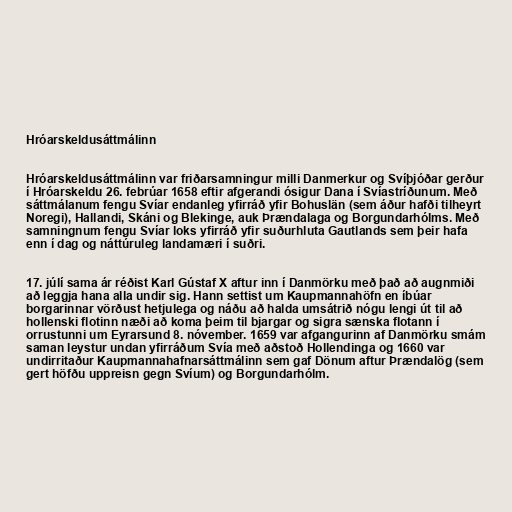
Hróarskeldusáttmálinn

Hróarskeldusáttmálinn var friðarsamningur milli Danmerkur og Svíþjóðar gerður
í Hróarskeldu 26. febrúar 1658 eftir afgerandi ósigur Dana í Svíastríðunum. Með
sáttmálanum fengu Svíar endanleg yfirráð yfir Bohuslän (sem áður hafði tilheyrt
Noregi), Hallandi, Skáni og Blekinge, auk Þrændalaga og Borgundarhólms. Með
samningnum fengu Svíar loks yfirráð yfir suðurhluta Gautlands sem þeir hafa
enn í dag og náttúruleg landamæri í suðri.

17. júlí sama ár réðist Karl Gústaf X aftur inn í Danmörku með það að augnmiði
að leggja hana alla undir sig. Hann settist um Kaupmannahöfn en íbúar
borgarinnar vörðust hetjulega og náðu að halda umsátrið nógu lengi út til að
hollenski flotinn næði að koma þeim til bjargar og sigra sænska flotann í
orrustunni um Eyrarsund 8. nóvember. 1659 var afgangurinn af Danmörku smám
saman leystur undan yfirráðum Svía með aðstoð Hollendinga og 1660 var
undirritaður Kaupmannahafnarsáttmálinn sem gaf Dönum aftur Þrændalög (sem
gert höfðu uppreisn gegn Svíum) og Borgundarhólm.